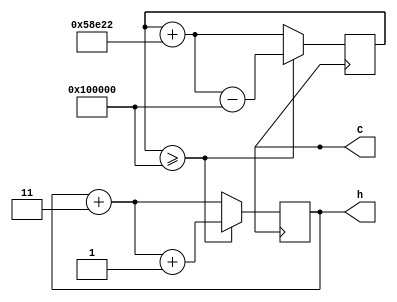
// (c) Alex.Perry@qm.com - 2002, Quantum Magnetics Inc, San Diego CA
// This source file is licensed under the GNU public license version 2.0
// All other rights reserved.

// NOTE: This test catches addition of wide (>16 bits) constants
// to wide vectors. -- Steve Williams
module source ( C, h );
output [ 0:0] C;
output [11:0] h;
reg    [ 0:0] C;
reg    [11:0] h;
reg    [21:0] l;

parameter kh = 3;
parameter kl = 21'd364066;
parameter wl = 21'h100000;

initial #5
	begin
	C <= 0;
	l <= 0;
	h <= 0;
	end
always #10 C = ~C;
always @(posedge C)
begin	if ( l >= wl )
	begin	l <= l + kl - wl;
		h <= h + kh + 1;
	end else
	begin	l <= l + kl;
		h <= h + kh;
	end
end

endmodule


module bench;
wire [ 0:0] clock;
wire [11:0] h;
source dut ( .C(clock), .h(h) );
initial #85
	begin
	if ( h == 13 ) begin
		$display ( "%7d", h );
		$display ("PASSED");
	end else begin
		$display ( "%7d = FAIL", h );
	end
	$finish;
	end

endmodule